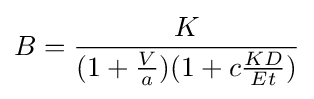
B={\frac {K}{(1+{\frac {V}{a}})(1+c{\frac {KD}{Et}})}}